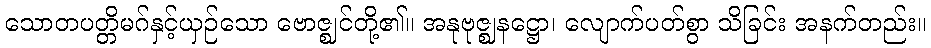
သောတပတ္တိမဂ်နှင့်ယှဉ်သော ဗောဇ္ဈင်တို့၏။ အနုဗုဇ္ဈနဋ္ဌော၊ လျောက်ပတ်စွာ သိခြင်း အနက်တည်း။